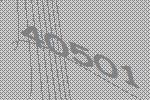
40501